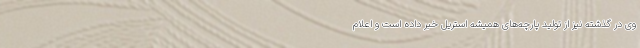
وی در گذشته نیز از تولید پارچه‌های همیشه استریل خبر داده است و اعلام